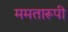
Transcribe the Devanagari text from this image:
ममतारूपी